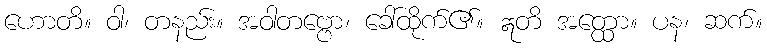
ဟောတိ။ ဝါ၊ တနည်း။ အဝါတဗ္ဗော၊ ခေါ်ထိုက်၏။ ဣတိ အတ္ထော။ ပန၊ ဆက်။